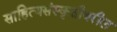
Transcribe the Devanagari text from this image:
साहित्यसंस्कृतीवरील